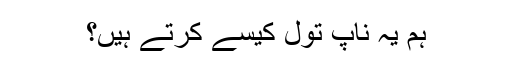
ہم یہ ناپ تول کیسے کرتے ہیں؟